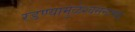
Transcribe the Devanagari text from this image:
रडण्यामुळेश्वसनाच्या